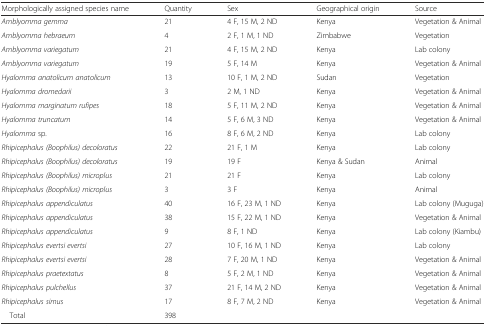
| Morphologically assigned species name | Quantity | Sex | Geographical origin | Source |
 | --- | --- | --- | --- | --- |
 | Amblyomma gemma | 21 | 4 F, 15 M, 2 ND | Kenya | Vegetation & Animal |
 | Amblyomma hebraeum | 4 | 2 F, 1 M, 1 ND | Zimbabwe | Vegetation |
 | Amblyomma variegatum | 21 | 4 F, 15 M, 2 ND | Kenya | Lab colony |
 | Amblyomma variegatum | 19 | 5 F, 14 M | Kenya | Vegetation & Animal |
 | Hyalomma anatolicum anatolicum | 13 | 10 F, 1 M, 2 ND | Sudan | Vegetation |
 | Hyalomma dromedarii | 3 | 2 M, 1 ND | Kenya | Vegetation & Animal |
 | Hyalomma marginatum rufipes | 18 | 5 F, 11 M, 2 ND | Kenya | Vegetation & Animal |
 | Hyalomma truncatum | 14 | 5 F, 6 M, 3 ND | Kenya | Vegetation & Animal |
 | Hyalomma sp. | 16 | 8 F, 6 M, 2 ND | Kenya | Lab colony |
 | Rhipicephalus (Boophilus) decoloratus | 22 | 21 F, 1 M | Kenya | Lab colony |
 | Rhipicephalus (Boophilus) decoloratus | 19 | 19 F | Kenya & Sudan | Animal |
 | Rhipicephalus (Boophilus) microplus | 21 | 21 F | Kenya | Lab colony |
 | Rhipicephalus (Boophilus) microplus | 3 | 3 F | Kenya | Animal |
 | Rhipicephalus appendiculatus | 40 | 16 F, 23 M, 1 ND | Kenya | Lab colony (Muguga) |
 | Rhipicephalus appendiculatus | 38 | 15 F, 22 M, 1 ND | Kenya | Vegetation & Animal |
 | Rhipicephalus appendiculatus | 9 | 8 F, 1 ND | Kenya | Lab colony (Kiambu) |
 | Rhipicephalus evertsi evertsi | 27 | 10 F, 16 M, 1 ND | Kenya | Lab colony |
 | Rhipicephalus evertsi evertsi | 28 | 7 F, 20 M, 1 ND | Kenya | Vegetation & Animal |
 | Rhipicephalus praetextatus | 8 | 5 F, 2 M, 1 ND | Kenya | Vegetation & Animal |
 | Rhipicephalus pulchellus | 37 | 21 F, 14 M, 2 ND | Kenya | Vegetation & Animal |
 | Rhipicephalus simus | 17 | 8 F, 7 M, 2 ND | Kenya | Vegetation & Animal |
 | Total | 398 |  |  |  |